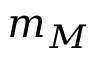
m _ { M }